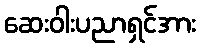
ဆေးဝါးပညာရှင်အား